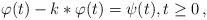
LaTeX: \begin{align*}\varphi(t)-k*\varphi(t)=\psi(t),t\ge 0\,,\end{align*}